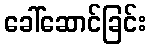
ခေါ်ဆောင်ခြင်း